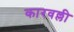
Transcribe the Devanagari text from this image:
कारवल्ली